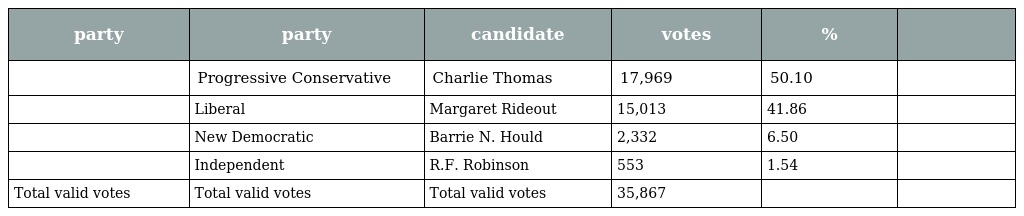
| party | party | candidate | votes | % |  |
 | --- | --- | --- | --- | --- | --- |
 |  | Progressive Conservative | Charlie Thomas | 17,969 | 50.10 |  |
 |  | Liberal | Margaret Rideout | 15,013 | 41.86 |  |
 |  | New Democratic | Barrie N. Hould | 2,332 | 6.50 |  |
 |  | Independent | R.F. Robinson | 553 | 1.54 |  |
 | Total valid votes | Total valid votes | Total valid votes | 35,867 |  |  |